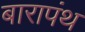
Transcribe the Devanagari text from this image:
बारापंथ